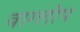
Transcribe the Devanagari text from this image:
वाग्लोप